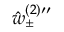
{ \hat { w } _ { \pm } } ^ { ( 2 ) \prime \prime }